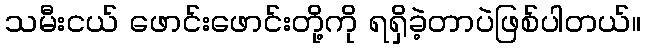
သမီးငယ် ဖောင်းဖောင်းတို့ကို ရရှိခဲ့တာပဲဖြစ်ပါတယ်။